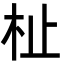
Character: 杫